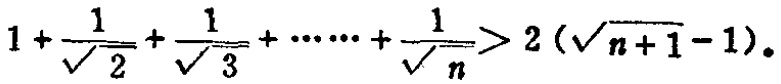
\(1+\frac{1}{\sqrt{2}}+\frac{1}{\sqrt{3}}+\cdots\cdots+\frac{1}{\sqrt{n}}>2(\sqrt{n + 1}-1)\)